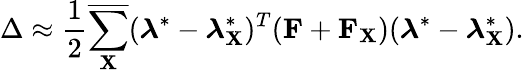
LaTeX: \Delta\approx\frac{1}{2}\overline{{\sum_{\mathbf{X}}}}(\boldsymbol{\lambda}^{*}-\boldsymbol{\lambda}_{\mathbf{X}}^{*})^{T}(\mathbf{F}+\mathbf{F}_{\mathbf{X}})(\boldsymbol{\lambda}^{*}-\boldsymbol{\lambda}_{\mathbf{X}}^{*}).